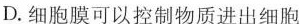
D.细胞膜可以控制物质进出细胞